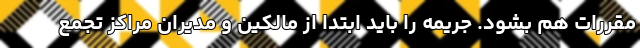
مقررات هم بشود. جریمه را باید ابتدا از مالکین و مدیران مراکز تجمع